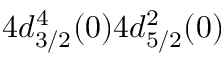
4 d _ { 3 / 2 } ^ { 4 } ( 0 ) 4 d _ { 5 / 2 } ^ { 2 } ( 0 )